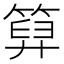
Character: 𥰩